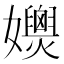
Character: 𡤚